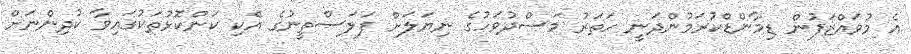
އެ މުވައްޒަފުން ޑިމާންޑްކުރަމުންދަނީ ހަތަރު މަސްދުވަހުގެ ނިޔަލަށް ފަލަސްތީނުގެ އެކި ކަންކޮޅުތަކުގައިވާ ކުދިންނަށް